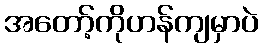
အတော့်ကိုဟန်ကျမှာပဲ